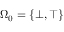
\Omega _ { 0 } = \{ \bot , \top \}